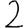
Digit: 2